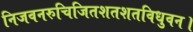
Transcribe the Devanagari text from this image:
निजवनरुचिजितशतशतविधुवन।